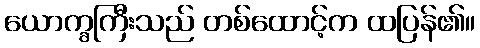
ယောက္ခကြီးသည် တစ်ထောင့်က ထပြန်၏။